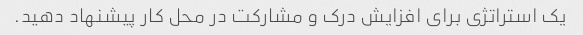
یک استراتژی برای افزایش درک و مشارکت در محل کار پیشنهاد دهید.